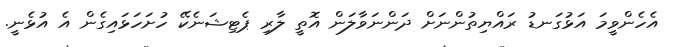
އެހެންވީމަ އަޅުގަނޑު ރައްޔިތުންނަށް ދަންނަވާލަން އޮތީ ލާރި ޕެޓިޝަނެކޭ ހުށަހަޅައިގެން އެ އުޅެނީ.